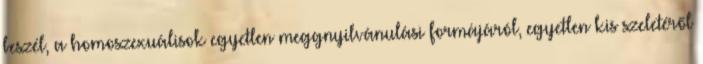
beszél, a homoszexuálisok egyetlen meggnyilvánulási formájáról, egyetlen kis szeletéről